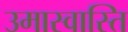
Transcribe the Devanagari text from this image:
उमास्वास्ति